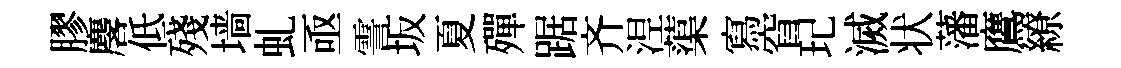
膠麐低殘墙虬亟霅坂夏殫踞齐𣵀蕖寫窅玘滅状藩鷹繚